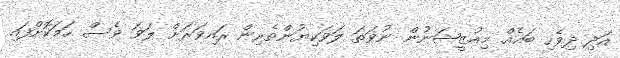
އަދި ދިވެހި ބައެއް މިއުޒީޝަނުން ނުވަތަ ލަވަކިޔުންތެރިން ރައިވަރަށް ލަވަ ވެސް ހަމަކޮށްފައި